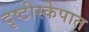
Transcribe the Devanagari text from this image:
दृष्टीस्केपात